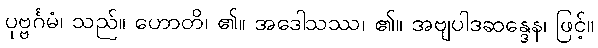
ပုဗ္ဗင်္ဂမံ၊ သည်။ ဟောတိ၊ ၏။ အဒေါသဿ၊ ၏။ အဗျပါဒဆန္ဒေန၊ ဖြင့်။